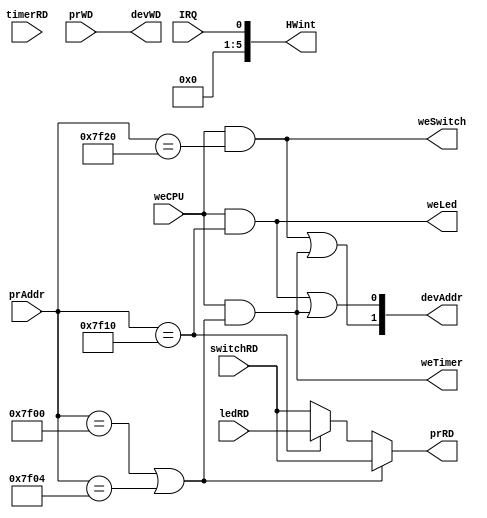
module bridge (
    weCPU, IRQ,
    prAddr, switchRD, ledRD, timerRD, prWD, 
    devAddr, prRD, devWD, HWint,
    weTimer, weLed, weSwitch
);
    //pure assignments
    input weCPU;                            //from mips.DMWr
    input IRQ;                              //from hardware
    input [31:0] prAddr;                    //from cpu
    input [31:0] switchRD, ledRD, timerRD;  // from hardware
    input [31:0] prWD;                      //from cpu
    output [1:0] devAddr;                   //to hardware
    output [31:0] prRD;                     //to cpu
    output [31:0] devWD;                    //to hardware
    output[5:0] HWint;                      //to cpu
    output weTimer, weLed, weSwitch;


    wire hitTimer, hitLed, hitSwitch;

    assign hitTimer = (prAddr==32'h0000_7F00) | (prAddr==32'h0000_7F04);
    assign hitLed = (prAddr==32'h0000_7F10);
    assign hitSwitch = (prAddr==32'h0000_7F20);

    assign weTimer = weCPU & hitTimer;
    assign weLed = weCPU & hitLed;
    assign weSwitch = weCPU & hitSwitch; 

    assign prRD = hitTimer? switchRD :
                  hitLed? ledRD : switchRD;               
    assign devWD = prWD; 
    //write to devAddr 01:led 10:switch 11:timer
    assign devAddr[0] = weLed|weTimer;
    assign devAddr[1] = weSwitch|weTimer;
    assign HWint = {{5{1'b0}}, IRQ};
endmodule